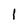
Character: 1